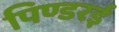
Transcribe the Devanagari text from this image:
पिण्डरई